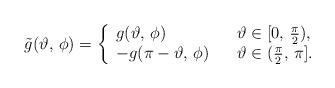
LaTeX: \begin{align*}\tilde{g}(\vartheta,\,\phi) = \left \{\begin{array}{lll}g(\vartheta,\,\phi) & &\vartheta\in[0,\,\frac{\pi}{2}), \\ -g(\pi-\vartheta,\,\phi) & &\vartheta\in(\frac{\pi}{2},\,\pi].\end{array} \right.\end{align*}